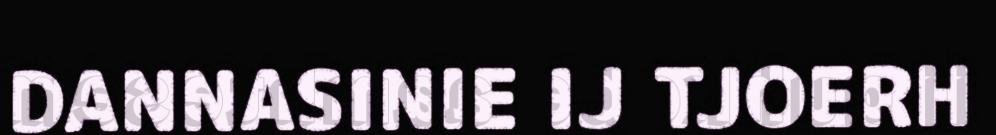
DANNASINIE IJ TJOERH